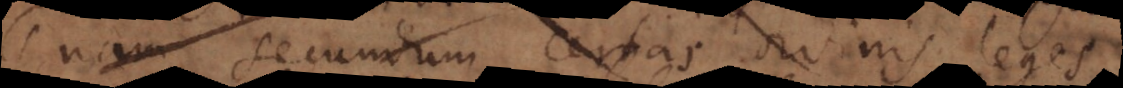
nam secundum certas ordinis leges